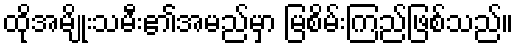
ထိုအမျိုးသမီး၏အမည်မှာ မြစိမ်းကြည်ဖြစ်သည်။